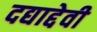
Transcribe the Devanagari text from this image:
दद्याद्देवी